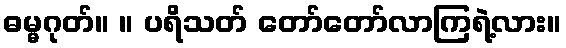
ဓမ္မဂုတ်။ ။ ပရိသတ် တော်တော်လာကြရဲ့လား။